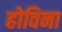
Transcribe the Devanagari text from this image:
होविना